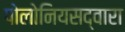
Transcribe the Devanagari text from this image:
पोलोनियसद्वारा